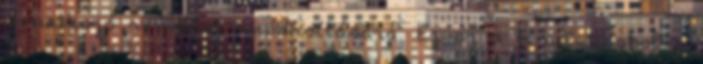
vonatkozó rendelet módosítására. Ez az a terület, ahol a